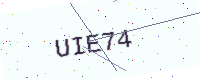
Text: UIE74